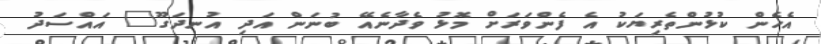
އެހެން ކުޅުންތެރިޔަކު އެ ފެންވަރަށް މޮޅު ވެދާނެއޭ ބުނަން އަދި އުނދަގޫ" އައްސަދު